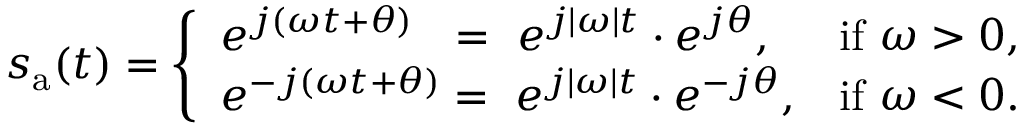
s _ { \mathrm { a } } ( t ) = { \left\{ \begin{array} { l l } { e ^ { j ( \omega t + \theta ) } \ \ = \ e ^ { j | \omega | t } \cdot e ^ { j \theta } , } & { { \mathrm { i f } } \ \omega > 0 , } \\ { e ^ { - j ( \omega t + \theta ) } = \ e ^ { j | \omega | t } \cdot e ^ { - j \theta } , } & { { \mathrm { i f } } \ \omega < 0 . } \end{array} \right. }